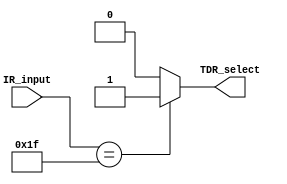
`timescale 1ns / 1ps
//////////////////////////////////////////////////////////////////////////////////
// Company: 
// Engineer: 
// 
// Design Name: 
// Module Name: IR_Decoder
// Project Name: 
// Target Devices: 
// Tool Versions: 
// Description: 
// 
// Dependencies: 
// 
// Revision:
// Revision 0.01 - File Created
// Additional Comments:
// 
//////////////////////////////////////////////////////////////////////////////////



module IR_Decoder #(parameter IR_Inputs = 5 ) (input [IR_Inputs-1:0] IR_input , output reg TDR_select);
     always @(IR_input)
    begin
        case(IR_input)
          // 5'b00000 : tdr_select =1'b1;  
           5'b11111 : TDR_select =1'b1;  
           default : TDR_select = 'h0;
        endcase
    end
endmodule